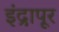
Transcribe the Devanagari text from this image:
इंद्रापूर